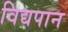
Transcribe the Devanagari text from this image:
विद्यपान